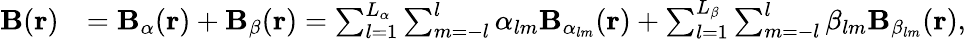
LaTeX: \begin{array}{rl}{\mathbf{B}(\mathbf{r})}&{=\mathbf{B}_{\alpha}(\mathbf{r})+\mathbf{B}_{\beta}(\mathbf{r})=\sum_{l=1}^{L_{\alpha}}\sum_{m=-l}^{l}\alpha_{lm}\mathbf{B}_{\alpha_{lm}}(\mathbf{r})+\sum_{l=1}^{L_{\beta}}\sum_{m=-l}^{l}\beta_{lm}\mathbf{B}_{\beta_{lm}}(\mathbf{r}),}\end{array}